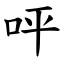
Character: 呯